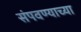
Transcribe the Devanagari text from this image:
संपवण्याच्या